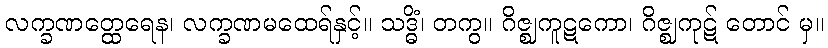
လက္ခဏတ္ထေရေန၊ လက္ခဏမထေရ်နှင့်။ သဒ္ဓိံ၊ တကွ။ ဂိဇ္ဈကူဋကော၊ ဂိဇ္ဈကုဋ် တောင် မှ။